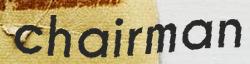
chairman